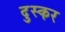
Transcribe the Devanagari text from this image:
दुस्कर